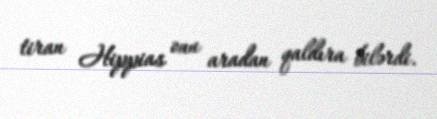
tiran Hippias onu aradan qaldıra bilərdi.